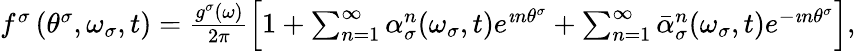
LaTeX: \begin{array}{r}{f^{\sigma}\left(\theta^{\sigma},\omega_{\sigma},t\right)=\frac{g^{\sigma}(\omega)}{2\pi}\Big[1+\sum_{n=1}^{\infty}\alpha_{\sigma}^{n}(\omega_{\sigma},t)e^{\imath n\theta^{\sigma}}+\sum_{n=1}^{\infty}\bar{\alpha}_{\sigma}^{n}(\omega_{\sigma},t)e^{-\imath n\theta^{\sigma}}\Big],}\end{array}